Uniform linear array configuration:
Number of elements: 24
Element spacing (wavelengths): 1
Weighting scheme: kaiser
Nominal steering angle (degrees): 15
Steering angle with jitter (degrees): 13.2
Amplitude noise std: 0.05
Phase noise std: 0.05

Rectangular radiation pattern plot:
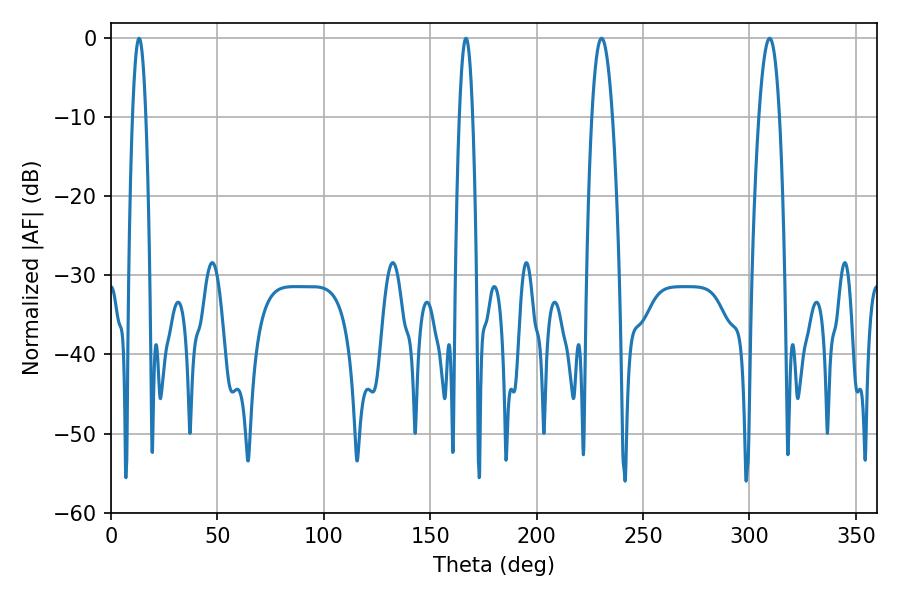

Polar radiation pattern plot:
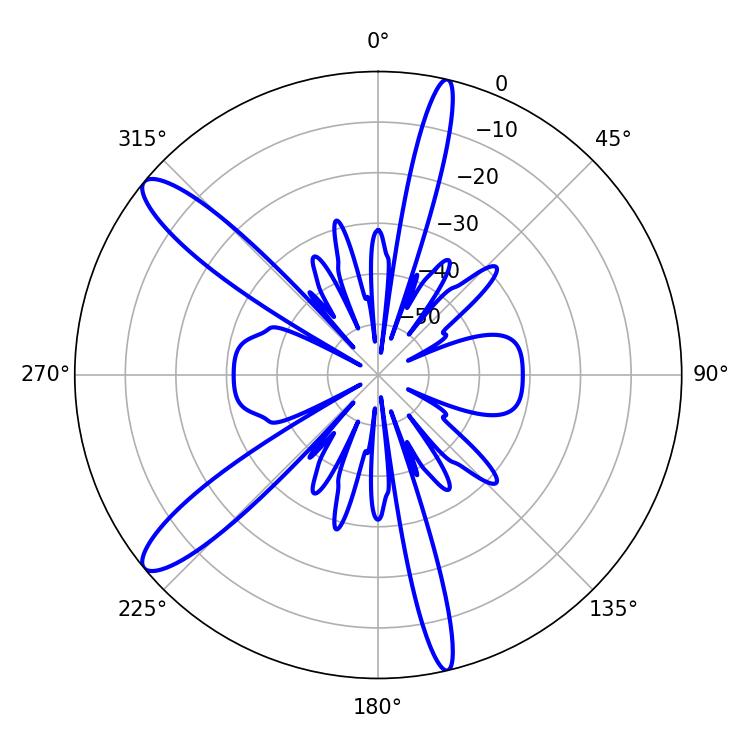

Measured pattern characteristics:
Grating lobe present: TRUE
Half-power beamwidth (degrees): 5.4
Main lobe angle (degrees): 309.42